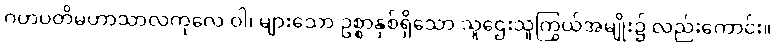
ဂဟပတိမဟာသာလကုလေ ဝါ၊ များသော ဥစ္စာနှစ်ရှိသော သူဌေးသူကြွယ်အမျိုး၌ လည်းကောင်း။